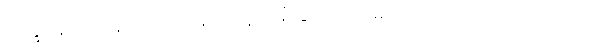
ဘိက္ခုနော၊ ရဟန်းကို။ ဒဿနာယ၊ ဖူးမြော်ခြင်းငှာ။ သမယာ၊ သင့်တင့်လျောက်ပတ်သော